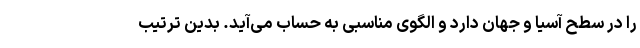
را در سطح آسیا و جهان دارد و الگوی مناسبی به حساب می‌آید. بدین ترتیب